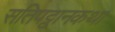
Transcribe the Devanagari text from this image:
सतिपट्ठानकथा